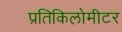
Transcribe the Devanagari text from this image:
प्रतिकिलोमीटर